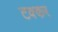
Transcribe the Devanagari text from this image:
टक्कर